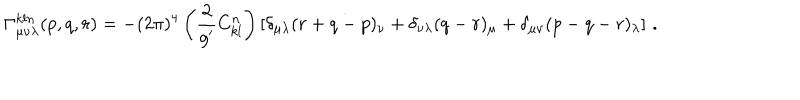
\Gamma _ { \mu \nu \lambda } ^ { k l n } ( p , q , r ) = - ( 2 \pi ) ^ { 4 } \left( \frac { 2 } { g ^ { \prime } } C _ { k l } ^ { n } \right) \left[ \delta _ { \mu \lambda } ( r + q - p ) _ { \nu } + \delta _ { \nu \lambda } ( q - r ) _ { \mu } + \delta _ { \mu \nu } ( p - q - r ) _ { \lambda } \right] \, .